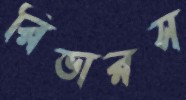
রিভারস